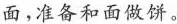
面，准备和面做饼。